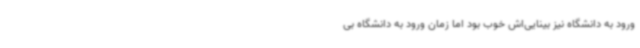
ورود به دانشگاه نیز بینایی‌اش خوب بود اما زمان ورود به دانشگاه بی